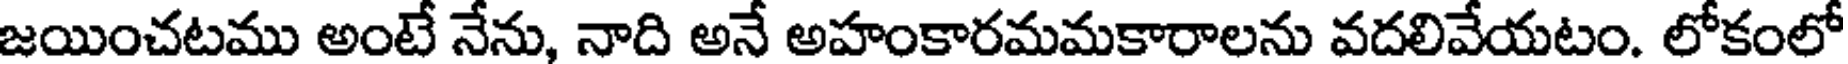
జయించటము అంటే నేను, నాది అనే అహంకారమమకారాలను వదలివేయటం. లోకంలో